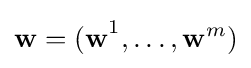
\mathbf {w=(\mathbf {w} } ^{1},\ldots ,\mathbf {w} ^{m}\mathbf {)}